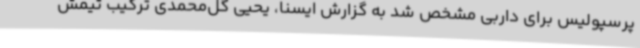
پرسپولیس برای داربی مشخص شد به گزارش ایسنا، یحیی گل‌محمدی ترکیب تیمش